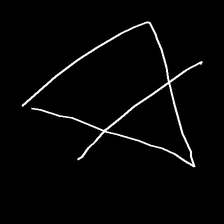
Glyph: empower